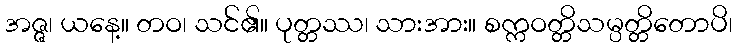
အဇ္ဇ၊ ယနေ့။ တဝ၊ သင်၏။ ပုတ္တဿ၊ သားအား။ စက္ကဝတ္တိသမ္ပတ္တိတောပိ၊